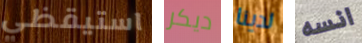
استيقظي ديكر لدينا انسه